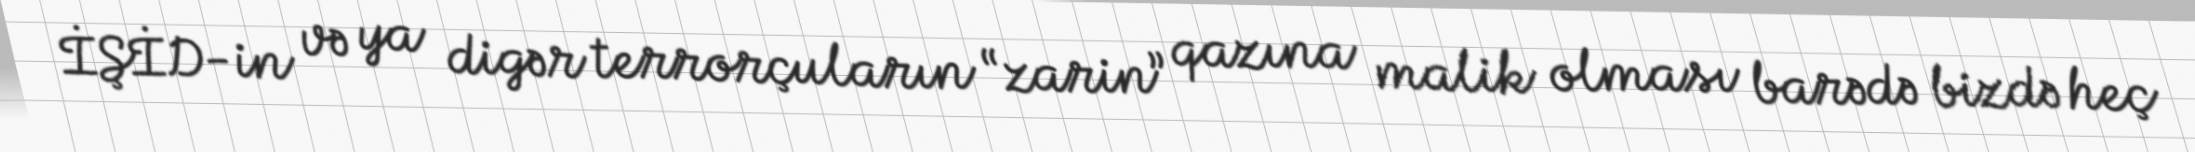
İŞİD-in və ya digər terrorçuların “zarin” qazına malik olması barədə bizdə heç